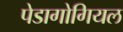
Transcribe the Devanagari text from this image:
पेडागोगियल